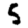
Digit: 5